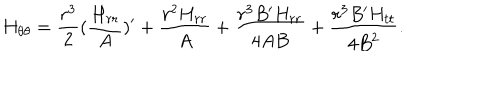
{ H } _ { \theta \theta } = { \frac { { r } ^ { 3 } } { 2 } } ( { \frac { { H } _ { r r } } { A } } ) ^ { \prime } + { \frac { { r } ^ { 2 } { H } _ { r r } } { A } } + { \frac { { r } ^ { 3 } B ^ { \prime } { H } _ { r r } } { 4 A B } } + { \frac { { r } ^ { 3 } B ^ { \prime } { H } _ { t t } } { 4 { B } ^ { 2 } } } .